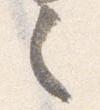
之